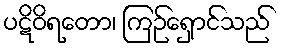
ပဋိဝိရတော၊ ကြဉ်ရှောင်သည်